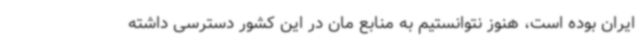
ایران بوده است، هنوز نتوانستیم به منابع مان در این کشور دسترسی داشته